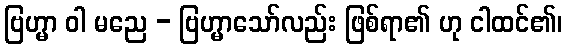
ဗြဟ္မာ ဝါ မညေ - ဗြဟ္မာသော်လည်း ဖြစ်ရာ၏ ဟု ငါထင်၏၊